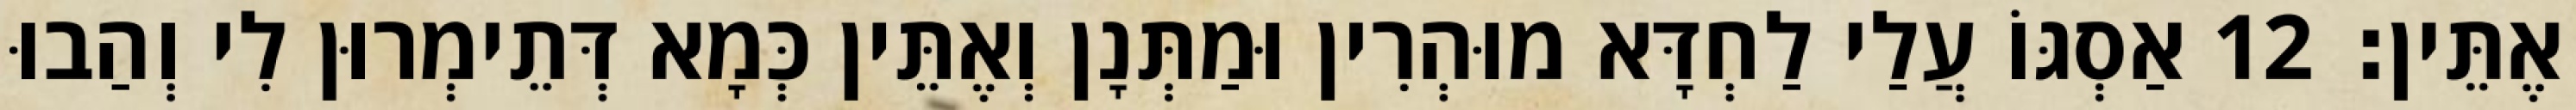
אֶתֵּין׃ 12 אַסְגּוֹ עֲלַי לַחְדָּא מוּהְרִין וּמַתְּנָן וְאֶתֵּין כְּמָא דְּתֵימְרוּן לִי וְהַבוּ